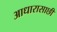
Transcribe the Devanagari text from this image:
आधारासाछी